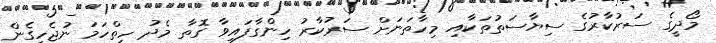
މޯދީގެ ސަރުކާރުގެ ސިޔާސަތުތަކާއި މިހާތަނަށް ސަރުކާރު ހިންގާފައިވާ ގޮތާ މެދު ހިތްހަމަ ނުޖެހިގެން